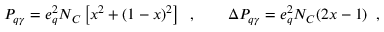
P _ { q \gamma } = e _ { q } ^ { 2 } N _ { C } \left[ x ^ { 2 } + ( 1 - x ) ^ { 2 } \right] \; \; , \qquad \Delta P _ { q \gamma } = e _ { q } ^ { 2 } N _ { C } ( 2 x - 1 ) \; \; ,